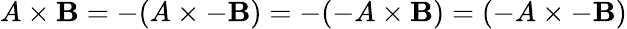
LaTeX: A\times\mathbf{B}=-(A\times-\mathbf{B})=-(-A\times\mathbf{B})=(-A\times-\mathbf{B})